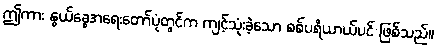
ဤကား နွယ်ခွေအရေးတော်ပုံတွင်က ကျင့်သုံးခဲ့သော စစ်ပရိယာယ်ပင် ဖြစ်သည်။